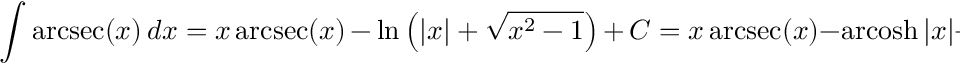
\int \operatorname { a r c s e c } ( x ) \, d x = x \operatorname { a r c s e c } ( x ) \, - \, \ln \left( \left| x \right| + { \sqrt { x ^ { 2 } - 1 } } \right) \, + \, C = x \operatorname { a r c s e c } ( x ) - \operatorname { a r c o s h } | x | + C